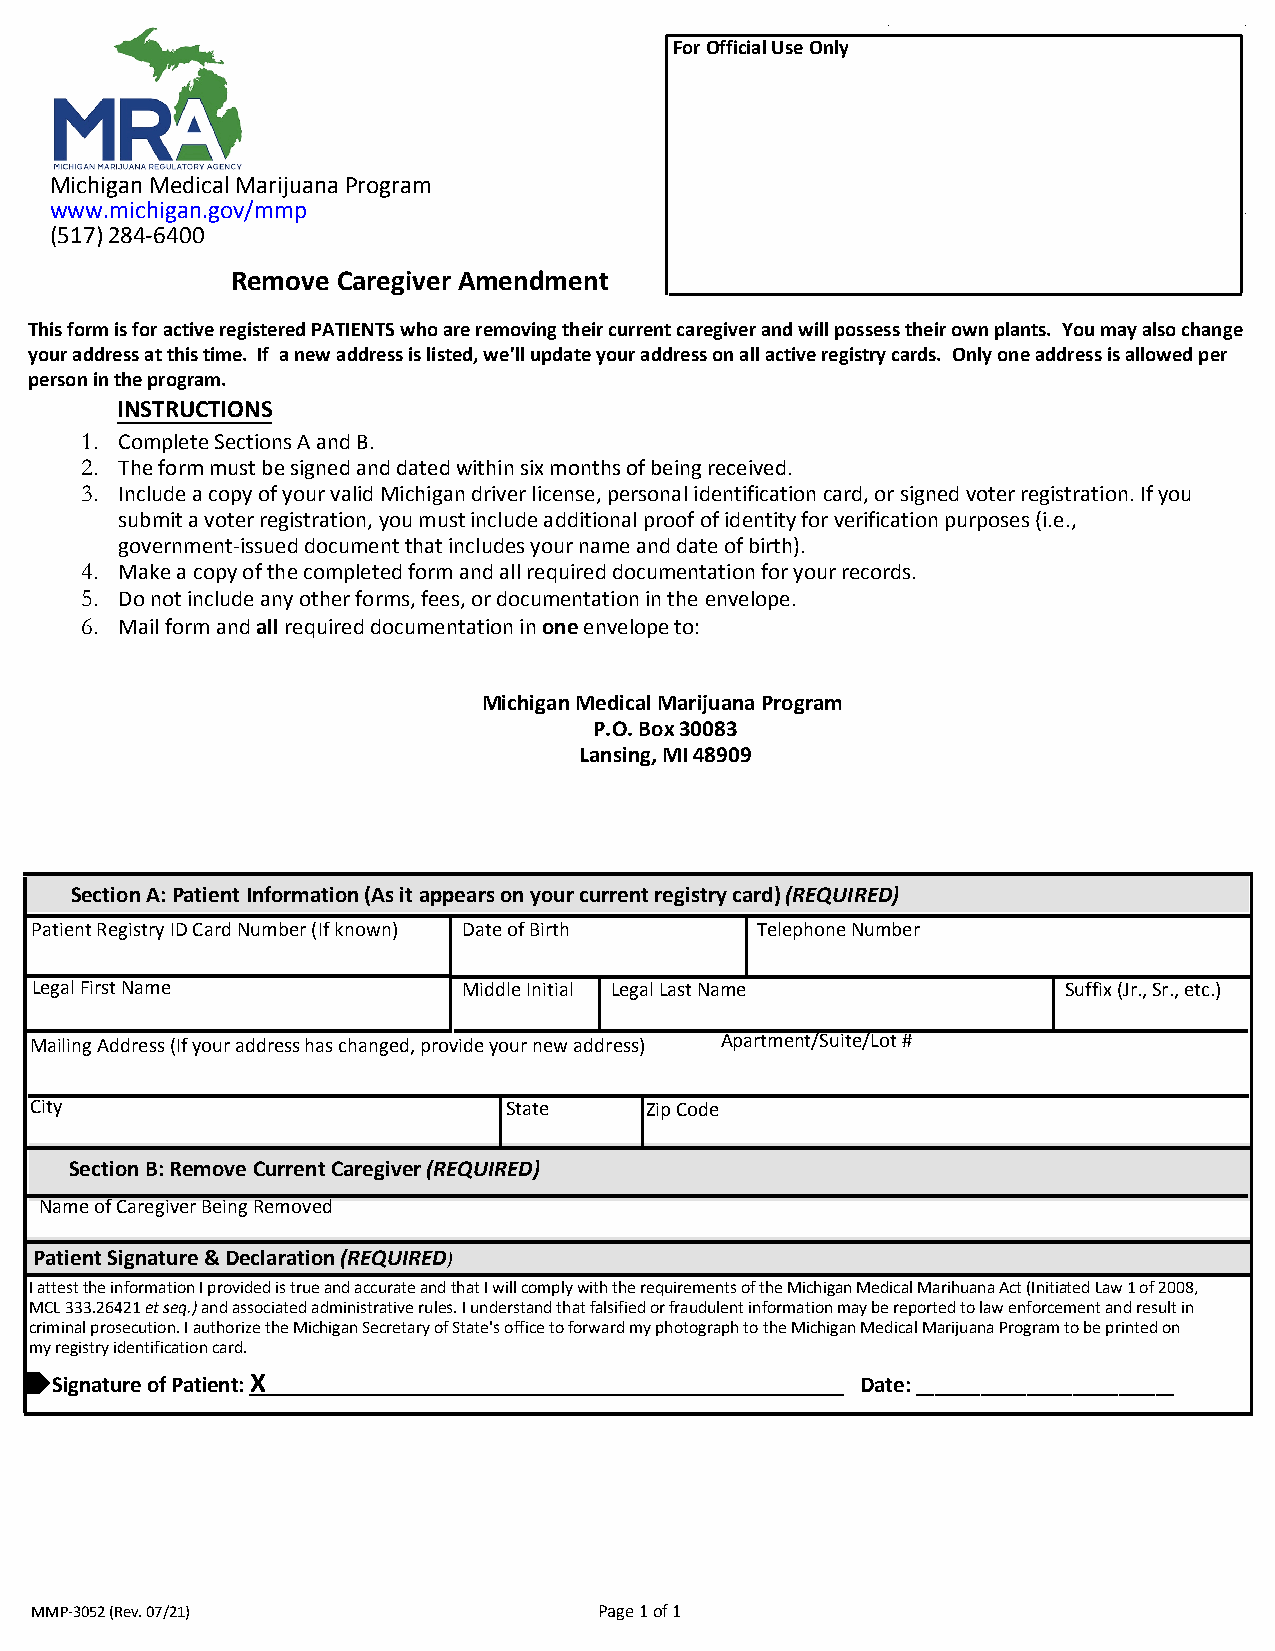
For Official Use Only
 Michigan Medical Marijuana Program
 www.michigan.gov/mmp
 (517)284-6400
 Remove Caregiver Amendment
 This form is for active registered PATIENTS who are removing their current caregiver and will possess their own plants. You may also change
 your address at this time. If a new address is listed, we'll update your address on all active registry cards. Only one address is allowed per
 person in the program.
 INSTRUCTIONS
 1. Complete Sections A and B.
 2. The form must be signed and dated within six months of being received.
 3. Include a copy of your valid Michigan driver license, personal identification card, or signed voter registration. If you
 submit a voter registration, you must include additional proof of identity for verification purposes (i.e.,
 government-issued document that includes your name and date of birth).
 4. Make a copy of the completed form and all required documentation for your records.
 5. Do not include any other forms, fees, or documentation in the envelope.
 6. Mail form and all required documentation in one envelope to:
 Michigan Medical Marijuana Program
 P.O. Box 30083
 Lansing, MI 48909
 Section A: Patient Information (As it appears on your current registry card) (REQUIRED)
 Patient Registry ID Card Number (If known) Date of Birth Telephone Number
 Legal First Name             Middle Initial Legal Last Name          Suffix (Jr., Sr., etc.)
 Mailing Address (If your address has changed, provide your new address) Apartment/Suite/Lot #
 City                           State     Zip Code
 Section B: Remove Current Caregiver (REQUIRED)
 Name of Caregiver Being Removed
 Patient Signature & Declaration (REQUIRED)
 I attest the information I provided is true and accurate and that I will comply with the requirements of the Michigan Medical Marihuana Act (Initiated Law 1 of 2008,
 MCL 333.26421 et seq.) and associated administrative rules. I understand that falsified or fraudulent information may be reported to law enforcement and result in
 criminal prosecution. I authorize the Michigan Secretary of State's office to forward my photograph to the Michigan Medical Marijuana Program to be printed on
 my registry identification card.
 Signature of Patient: X                               Date: ____________________________
 MMP-3052 (Rev. 07/21)                 Page 1 of 1